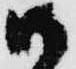
御